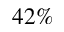
4 2 \%